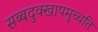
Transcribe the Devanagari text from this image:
सब्बदुक्खापमुच्चति